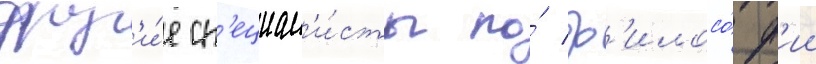
друг'и́е сп'ециал'и́сты по́ ф'илосо́ф'ии